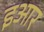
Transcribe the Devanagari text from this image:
इआर